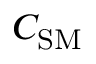
C _ { \mathrm { S M } }